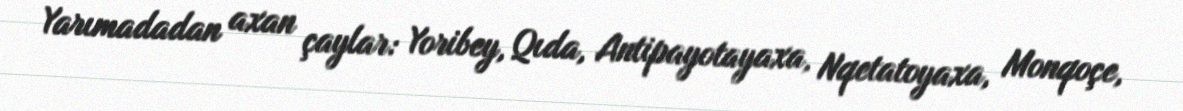
Yarımadadan axan çaylar: Yoribey, Qıda, Antipayotayaxa, Nqetatoyaxa, Monqoçe,